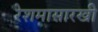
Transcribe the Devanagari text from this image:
रेशमासारखी